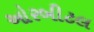
ઓરબીટલ